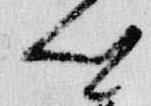
卿